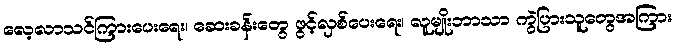
လေ့လာသင်ကြားပေးရေး၊ ဆေးခန်းတွေ ဖွင့်လှစ်ပေးရေး၊ လူမျိုးဘာသာ ကွဲပြားသူတွေအကြား